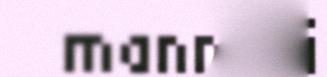
mannel i